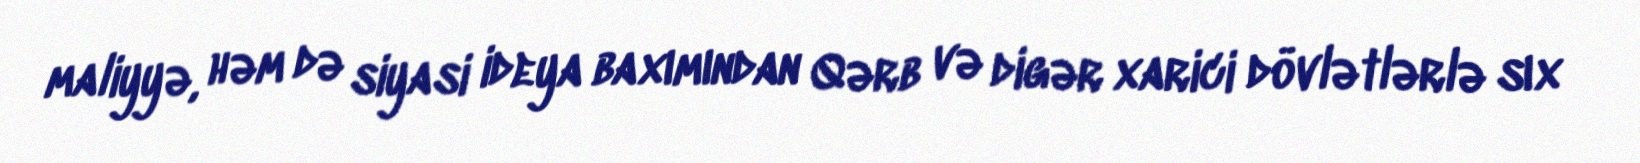
maliyyə, həm də siyasi ideya baxımından Qərb və digər xarici dövlətlərlə sıx